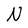
Character: N